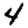
Digit: 4